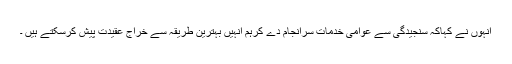
انہوں نے کہاکہ سنجیدگی سے عوامی خدمات سرانجام دے کرہم انہیں بہترین طریقہ سے خراج عقیدت پیش کرسکتے ہیں ۔